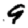
Digit: 9